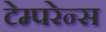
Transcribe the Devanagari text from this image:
टेम्परेन्स